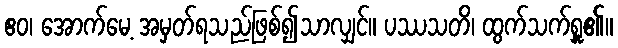
ဧဝ၊ အောက်မေ့ အမှတ်ရသည်ဖြစ်၍သာလျှင်။ ပဿသတိ၊ ထွက်သက်ရှူ၏။